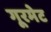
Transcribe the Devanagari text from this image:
गूरमेट